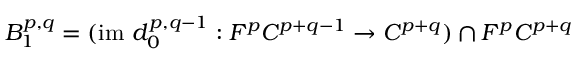
B _ { 1 } ^ { p , q } = ( { \mathrm { i m ~ } } d _ { 0 } ^ { p , q - 1 } : F ^ { p } C ^ { p + q - 1 } \rightarrow C ^ { p + q } ) \cap F ^ { p } C ^ { p + q }